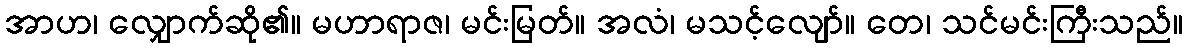
အာဟ၊ လျှောက်ဆို၏။ မဟာရာဇ၊ မင်းမြတ်။ အလံ၊ မသင့်လျော်။ တေ၊ သင်မင်းကြီးသည်။